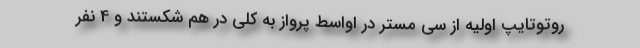
روتوتایپ اولیه از سی مستر در اواسط پرواز به کلی در هم شکستند و 4 نفر